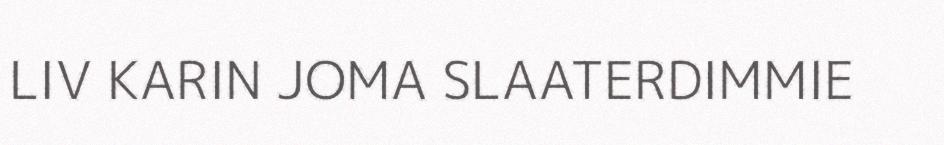
LIV KARIN JOMA SLAATERDIMMIE